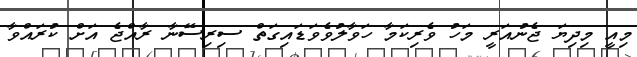
މިއީ މިިދިޔަ ޖެނުއަރީ މަހު ވެރިކަމާ ހަވާލުވެވަޑައިގަތް ސިރިސޭނާ ރާއްޖެ އަށް ކުރައްވާ